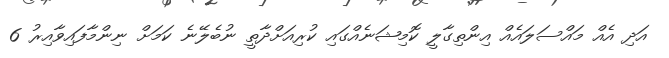
އަދި އެއް މައްސަލައެއް އިންތިގާލީ ކޮމިޝަނެއްގައި ކުރިއަށްދާތީ ނުބެލޭނެ ކަމަށް ނިންމާފައިވާއިރު 6